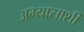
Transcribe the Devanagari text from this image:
अभ्यासाशी